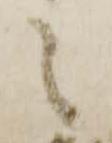
之